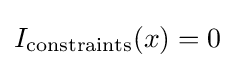
I_{\mathrm {constraints} }(x)=0